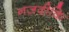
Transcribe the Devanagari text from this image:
नज़दीकि